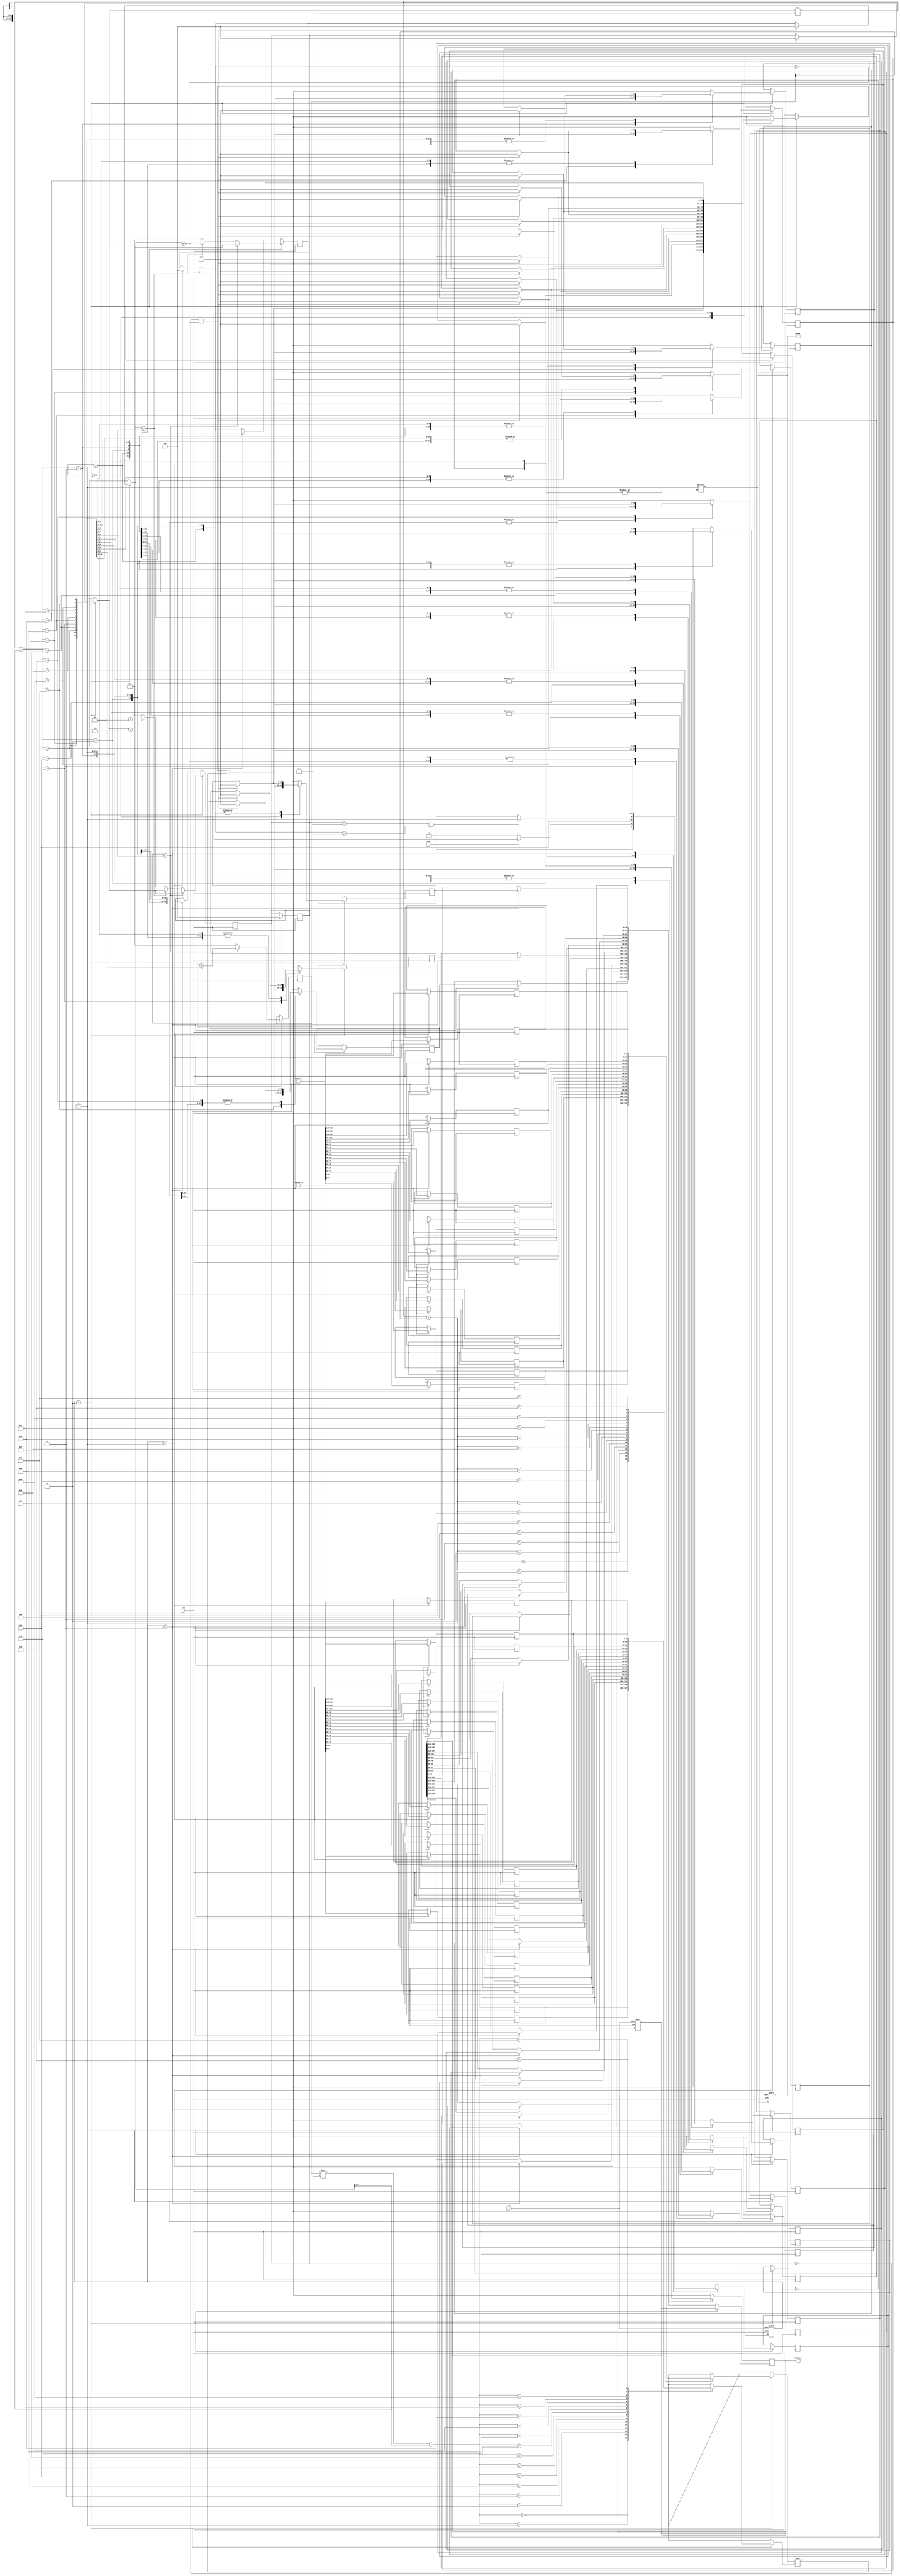
module stencil_multiplier #(
    parameter M = 4,  // Number of rows in Matrix A
    parameter N = 4,  // Number of columns in Matrix A and rows in Matrix B
    parameter P = 4   // Number of columns in Matrix B
)(
    input clk,
    input rst,
    input start,
    input [M*N*8-1:0] matrix_A, // Assuming 8-bit elements
    input [N*P*8-1:0] matrix_B, // Assuming 8-bit elements
    output reg [M*P*16-1:0] matrix_C, // Assuming 16-bit elements for the result
    output reg ready
);

    // Internal Variables
    reg [7:0] A [0:M-1][0:N-1]; // Matrix A
    reg [7:0] B [0:N-1][0:P-1]; // Matrix B
    reg [15:0] C [0:M-1][0:P-1]; // Result Matrix C
    integer i, j, k;

    // State Definitions
    parameter IDLE = 2'b00;
    parameter LOAD = 2'b01;
    parameter COMPUTE = 2'b10;
    parameter DONE = 2'b11;
    
    reg [1:0] state, next_state;
    
    // Initialize State
    always @(posedge clk or posedge rst) begin
        if (rst) begin
            state <= IDLE;
            ready <= 0;
            matrix_C <= 0;
        end else begin
            state <= next_state;
        end
    end

    // State Machine
    always @(*) begin
        case (state)
            IDLE: begin
                if (start) begin
                    next_state = LOAD;
                end else begin
                    next_state = IDLE;
                end
            end
            
            LOAD: begin
                next_state = COMPUTE;
            end
            
            COMPUTE: begin
                if (i == M && j == P) begin
                    next_state = DONE;
                end else begin
                    next_state = COMPUTE;
                end
            end
            
            DONE: begin
                ready = 1;
                next_state = DONE;
            end
            
            default: next_state = IDLE;
        endcase
    end

    // Load matrices A and B
    always @(posedge clk) begin
        if (state == LOAD) begin
            // Load Matrix A
            for (i = 0; i < M; i = i + 1) begin
                for (j = 0; j < N; j = j + 1) begin
                    A[i][j] = matrix_A[(i*N+j)*8 +: 8];
                end
            end

            // Load Matrix B
            for (i = 0; i < N; i = i + 1) begin
                for (j = 0; j < P; j = j + 1) begin
                    B[i][j] = matrix_B[(i*P+j)*8 +: 8];
                end
            end
        end
    end

    // Compute Matrix Multiplication
    always @(posedge clk) begin
        if (state == COMPUTE) begin
            // Initialize result matrix C
            if (i == 0 && j == 0) begin
                for (i = 0; i < M; i = i + 1) begin
                    for (j = 0; j < P; j = j + 1) begin
                        C[i][j] = 0;
                    end
                end
            end

            // Multiplication and accumulation
            C[i][j] = C[i][j] + A[i][k] * B[k][j];

            // Increment k
            if (k < N - 1) begin
                k = k + 1;
            end else begin
                k = 0;
                if (j < P - 1) begin
                    j = j + 1;
                end else begin
                    j = 0;
                    if (i < M - 1) begin
                        i = i + 1;
                    end else begin
                        i = 0;
                    end
                end
            end
        end else if (state == DONE) begin
            // Load result into output
            for (i = 0; i < M; i = i + 1) begin
                for (j = 0; j < P; j = j + 1) begin
                    matrix_C[(i*P+j)*16 +: 16] = C[i][j];
                end
            end
        end
    end
endmodule